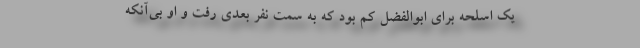
یک اسلحه برای ابوالفضل کم بود که به سمت نفر بعدی رفت و او بی‌آنکه